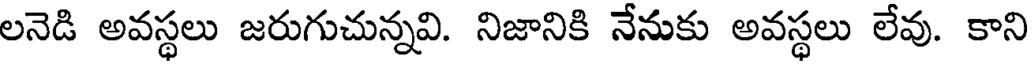
లనెడి అవస్థలు జరుగుచున్నవి. నిజానికి నేనుకు అవస్థలు లేవు. కాని